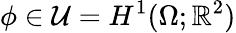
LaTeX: \phi\in\mathcal{U}=H^{1}(\Omega;\mathbb{R}^{2})